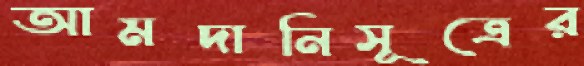
আমদানিসূত্রের